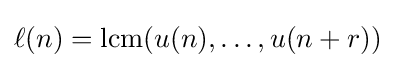
{\textstyle \ell (n)=\operatorname {lcm} (u(n),\dots ,u(n+r))}